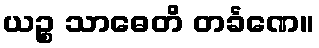
ယဉ္စ သာဓေတိ တင်္ခဏေ။